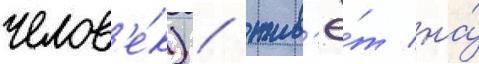
челов'е́к) / жив'ё́т на́